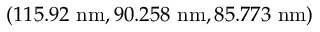
( 1 1 5 . 9 2 \ \mathrm { n m } , 9 0 . 2 5 8 \ \mathrm { n m } , 8 5 . 7 7 3 \ \mathrm { n m } )